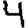
Digit: 4